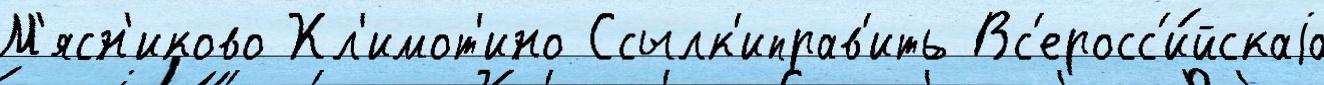
М'ясн'иково Кл'имот'ино Ссылк'иправ'ить Вс'еросс'и́йскаjа